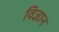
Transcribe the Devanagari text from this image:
विज्ञान